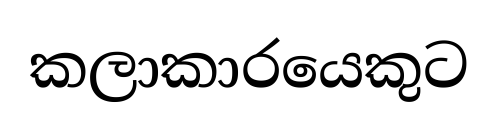
කලාකාරයෙකුට